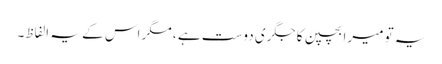
یہ تو میرا بچپن کا جگری دوست ہے ، مگر اس کے یہ الفاظ۔